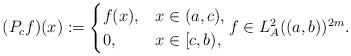
LaTeX: \begin{align*}(P_c f)(x) := \begin{cases} f(x), & x \in (a,c), \\ 0, & x \in [c,b), \end{cases}f \in L^2_A((a,b))^{2m}.\end{align*}